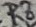
Text: R8